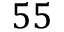
5 5